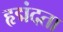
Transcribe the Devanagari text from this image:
हृद्मंदता